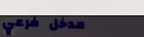
مدخل فرعي